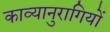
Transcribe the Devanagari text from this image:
काव्यानुरागियों